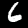
Digit: 6